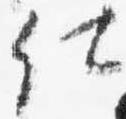
仕